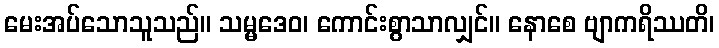
မေးအပ်သောသူသည်။ သမ္မဒေဝ၊ ကောင်းစွာသာလျှင်။ နောစေ ဗျာကရိဿတိ၊